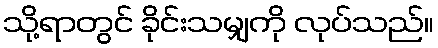
သို့ရာတွင် ခိုင်းသမျှကို လုပ်သည်။